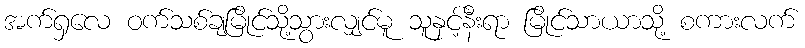
အက်ရှလေ ဝက်သစ်ချမြိုင်သို့သွားလျှင်မူ သူနှင့်နီးရာ မြိုင်သာယာသို့ စကားလက်